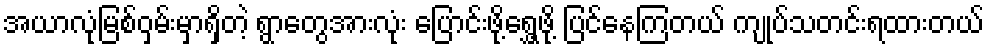
အယာလုံမြစ်ဝှမ်းမှာရှိတဲ့ ရွာတွေအားလုံး ပြောင်းဖို့ရွှေ့ဖို့ ပြင်နေကြတယ် ကျုပ်သတင်းရထားတယ်